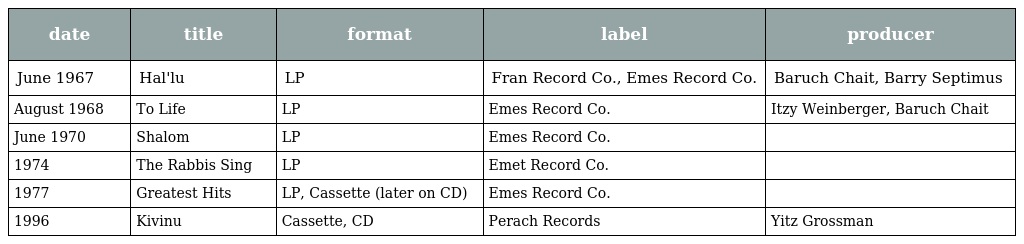
| date | title | format | label | producer |
 | --- | --- | --- | --- | --- |
 | June 1967 | Hal'lu | LP | Fran Record Co., Emes Record Co. | Baruch Chait, Barry Septimus |
 | August 1968 | To Life | LP | Emes Record Co. | Itzy Weinberger, Baruch Chait |
 | June 1970 | Shalom | LP | Emes Record Co. |  |
 | 1974 | The Rabbis Sing | LP | Emet Record Co. |  |
 | 1977 | Greatest Hits | LP, Cassette (later on CD) | Emes Record Co. |  |
 | 1996 | Kivinu | Cassette, CD | Perach Records | Yitz Grossman |